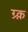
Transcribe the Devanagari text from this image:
ग्र्क़